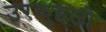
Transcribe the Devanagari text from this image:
उरकुइजो